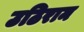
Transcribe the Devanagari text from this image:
उठिराम